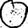
Digit: 0